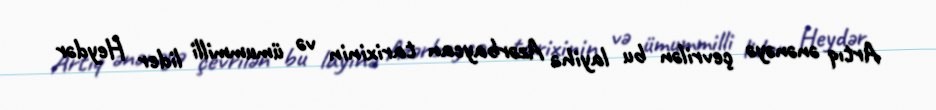
Artıq ənənəyə çevrilən bu layihə Azərbaycan tarixinin və ümummilli lider Heydər